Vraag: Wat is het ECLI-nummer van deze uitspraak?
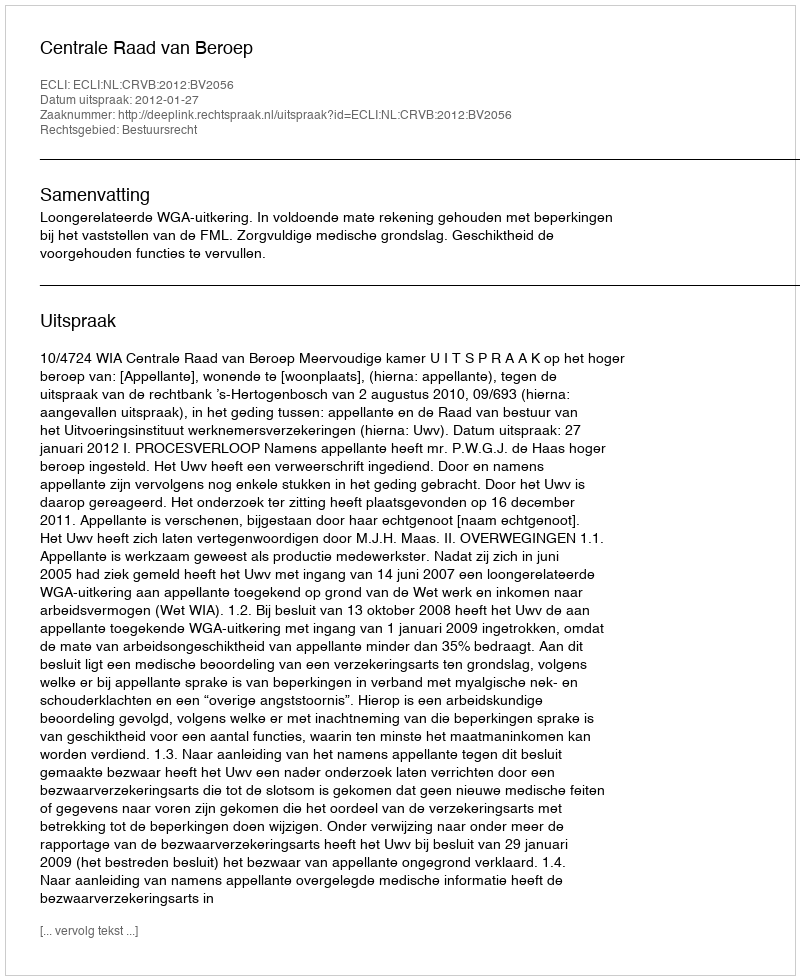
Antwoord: ECLI:NL:CRVB:2012:BV2056